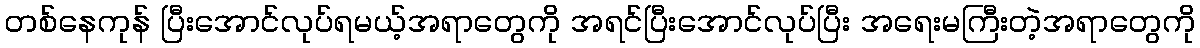
တစ်နေကုန် ပြီးအောင်လုပ်ရမယ့်အရာတွေကို အရင်ပြီးအောင်လုပ်ပြီး အရေးမကြီးတဲ့အရာတွေကို